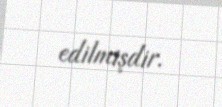
edilmişdir.